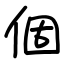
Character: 個